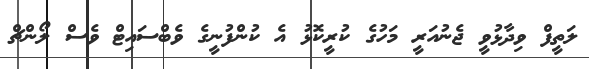
ލަތީފް ވިދާޅުވީ ޖެނުއަރީ މަހުގެ ކުރީކޮޅު އެ ކުންފުނީގެ ވެބްސައިޓް ވެސް ލޯންޗް